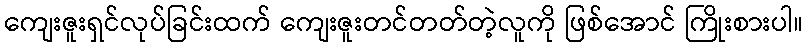
ကျေးဇူးရှင်လုပ်ခြင်းထက် ကျေးဇူးတင်တတ်တဲ့လူကို ဖြစ်အောင် ကြိုးစားပါ။